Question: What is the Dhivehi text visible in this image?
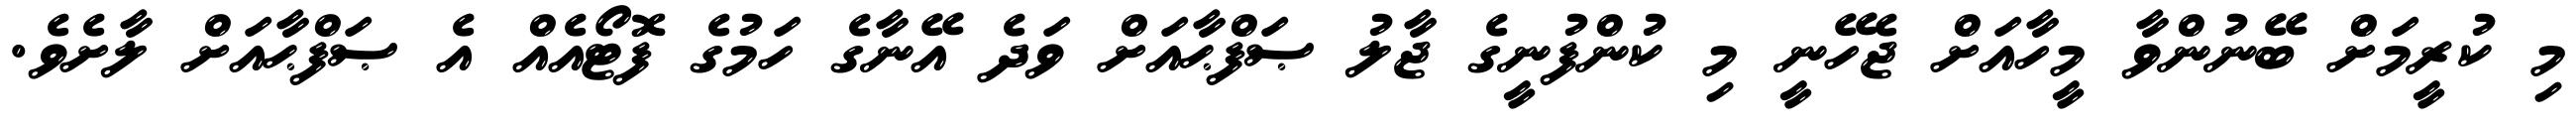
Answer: މި ކުރީމަށް ބޭނުންވާ މީހާއަށް ޖެހޭނީ މި ކުންފުނީގެ ޖާލު ޞަފްޙާއަށް ވަދެ އޭނާގެ ހަމުގެ ފޮޓޯއެއް އެ ޞަފްޙާއަށް ލާށެވެ.